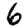
Digit: 6